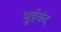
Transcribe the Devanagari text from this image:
भुईकंद